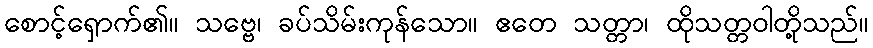
စောင့်ရှောက်၏။ သဗ္ဗေ၊ ခပ်သိမ်းကုန်သော။ ဧတေ သတ္တာ၊ ထိုသတ္တဝါတို့သည်။